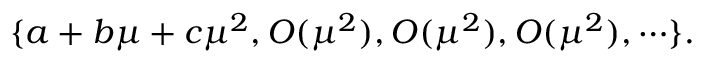
\{ a + b \mu + c \mu ^ { 2 } , O ( \mu ^ { 2 } ) , O ( \mu ^ { 2 } ) , O ( \mu ^ { 2 } ) , \cdots \} .